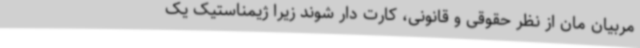
مربیان مان از نظر حقوقی و قانونی، کارت دار شوند زیرا ژیمناستیک یک